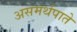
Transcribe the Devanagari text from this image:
असमर्थपाते